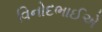
વિનોદભાઈએ